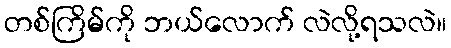
တစ်ကြိမ်ကို ဘယ်လောက် လဲလို့ရသလဲ။